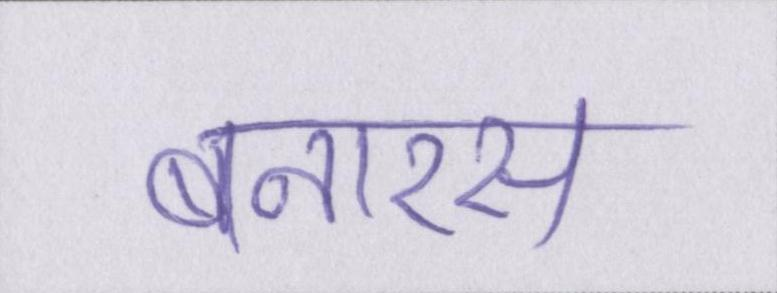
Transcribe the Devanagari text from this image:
बनारस